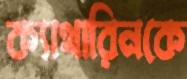
ক্যাথারিনকে